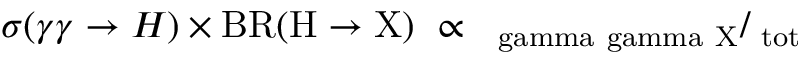
\sigma ( \gamma \gamma \rightarrow H ) \times \mathrm { { B R } ( H \rightarrow X ) \ \propto \Gamma _ { \ g a m m a \ g a m m a } \Gamma _ { X } / \Gamma _ { \mathrm { t o t } } }